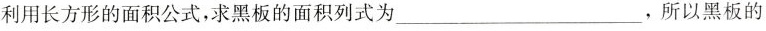
利用长方形的面积公式，求黑板的面积列式为___，所以黑板的